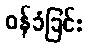
ဝန်ခံခြင်း